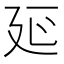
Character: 𭚒